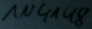
Text: 1N4148